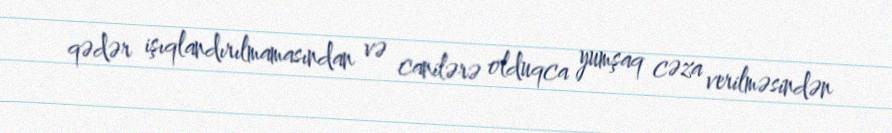
qədər işıqlandırılmamasından və canilərə olduqca yumşaq cəza verilməsindən